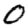
Digit: 0